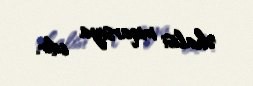
əhalisi miqarsiya edir.